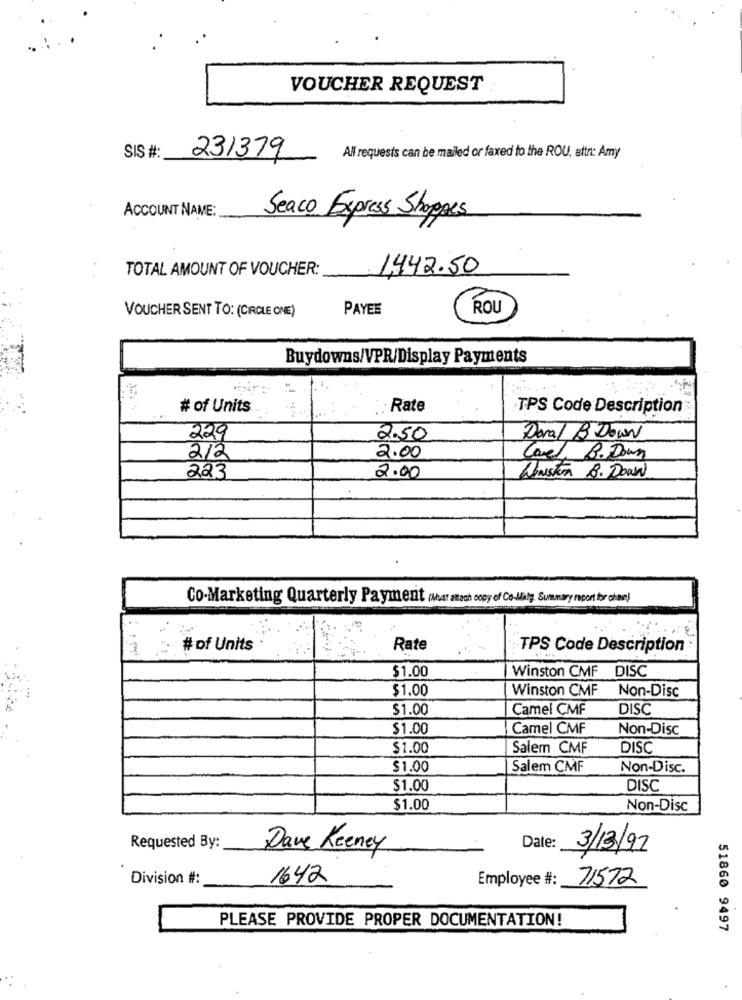
VOUCHER REQUEST
231379
SIS #:
All requests can be mailed or faxed to the ROU, attn: Amy
ACCOUNT NAME:
Seaco Express Shoppes
TOTAL AMOUNT OF VOUCHER:
1,442.50
VOUCHER SENT TO: (CIRCLE ONE)
PAYEE
ROU
Buydowns/VPR/Display Payments
# of Units
· Rate
TPS Code Description
229
2.50
Doral B Down
212
2.00
Carel B. Down
Winston B. Down
223
2.00
Co-Marketing Quarterly Payment (Must attach copy of Co-Maty Summary report for chein)
:: #of Units
Rate
TPS Code Description
$1.00
Winston CMF DISC
$1.00
Winston CMF
Non-Disc
$1.00
Camel CMF
DISC
$1.00
Camel CMF
Non-Disc
$1.00
Salem CMF
DISC
$1.00
Salem CMF
Non-Disc.
$1.00
DISC
$1.00
Non-Disc
Requested By:
Dave Keeney
Date:
3/13/97
Division #:
1642
Employee #:
71572
PLEASE PROVIDE PROPER DOCUMENTATION!
51860 9497